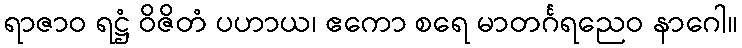
ရာဇာဝ ရဋ္ဌံ ဝိဇိတံ ပဟာယ၊ ဧကော စရေ မာတင်္ဂရညေဝ နာဂေါ။